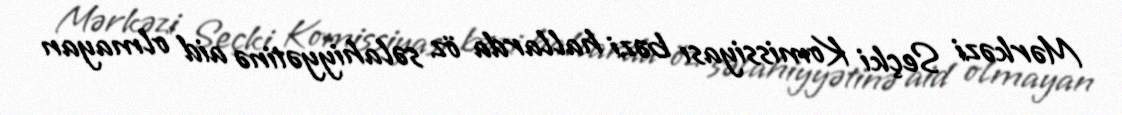
Mərkəzi Seçki Komissiyası bəzi hallarda öz səlahiyyətinə aid olmayan